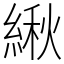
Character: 䋺